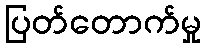
ပြတ်တောက်မှု